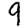
Digit: 9